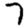
Digit: 7